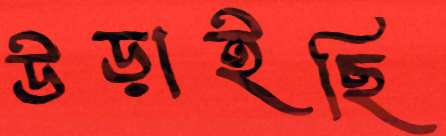
উড়াইছি